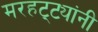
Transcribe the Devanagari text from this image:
मरहट्ट्यांनी